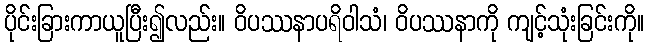
ပိုင်းခြားကာယူပြီး၍လည်း။ ဝိပဿနာပရိဝါသံ၊ ဝိပဿနာကို ကျင့်သုံးခြင်းကို။